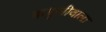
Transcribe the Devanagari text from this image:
कबुलीवाला